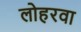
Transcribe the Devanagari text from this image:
लोहरवा